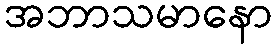
အဘာသမာနော